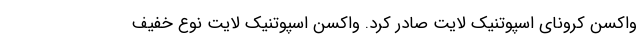
واکسن کرونای اسپوتنیک لایت صادر کرد. واکسن اسپوتنیک لایت نوع خفیف